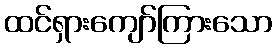
ထင်ရှားကျော်ကြားသော